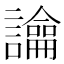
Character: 𧭆